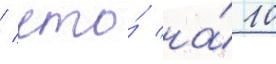
/ что́ на́ 10